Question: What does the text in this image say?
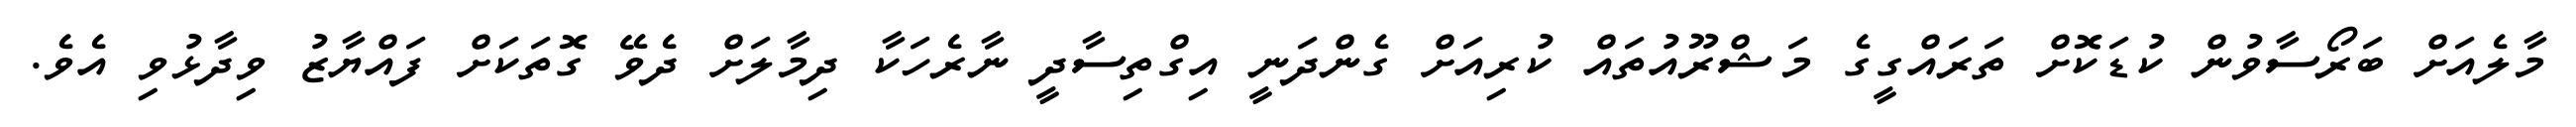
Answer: މާލެއަށް ބަރޯސާވުން ކުޑަކޮށް ތަރައްގީގެ މަޝްރޫއުތައް ކުރިއަށް ގެންދަނީ އިގްތިސާދީ ނާރެހަކާ ދިމާލަށް ދެވޭ ގޮތަކަށް ފައްޔާޒު ވިދާޅުވި އެވެ.